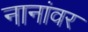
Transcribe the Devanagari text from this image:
नानांवर